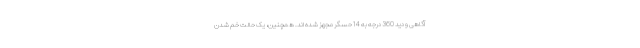
آگاهی و دید 360 درجه به 14 حسگر مجهز شده اند. همچنین، یک حالت خم شدن